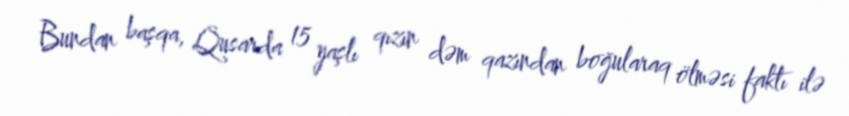
Bundan başqa, Qusarda 15 yaşlı qızın dəm qazından boğularaq ölməsi faktı ilə